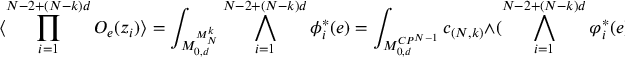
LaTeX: \langle \prod _ { i = 1 } ^ { N - 2 + ( N - k ) d } { \cal O } _ { e } ( z _ { i } ) \rangle = \int _ { { \cal M } _ { 0 , d } ^ { M _ { N } ^ { k } } } \bigwedge _ { i = 1 } ^ { N - 2 + ( N - k ) d } \phi _ { i } ^ { * } ( e ) = \int _ { { \cal M } _ { 0 , d } ^ { C P ^ { N - 1 } } } c _ { ( N , k ) } \wedge ( \bigwedge _ { i = 1 } ^ { N - 2 + ( N - k ) d } \varphi _ { i } ^ { * } ( e ) )